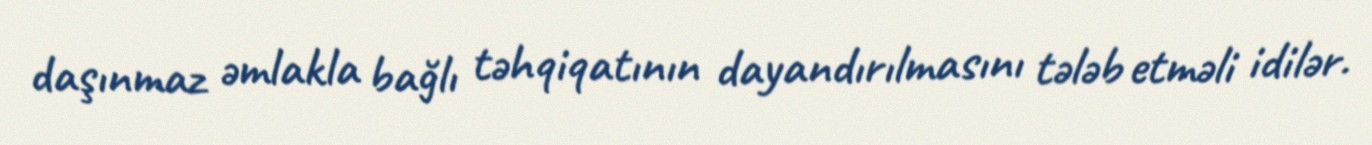
daşınmaz əmlakla bağlı təhqiqatının dayandırılmasını tələb etməli idilər.